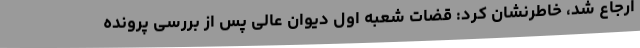
ارجاع شد، خاطرنشان کرد: قضات شعبه اول دیوان عالی پس از بررسی پرونده